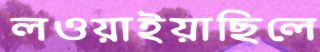
লওয়াইয়াছিলে